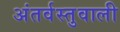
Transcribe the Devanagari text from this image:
अंतर्वस्तुवाली